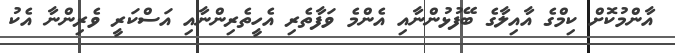
އާންމުކޮށް ކިމްގެ އާއިލާގެ ބޭފުޅުންނާއި އެންމެ ވަފާތެރި އެހީތެރިންނާއި އަސްކަރީ ވެރިންނާ އެކު